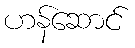
ဟန်ဆောင်